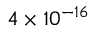
4 \times 1 0 ^ { - 1 6 }